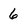
Character: 6